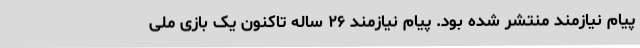
پیام نیازمند منتشر شده بود. پیام نیازمند ۲۶ ساله تاکنون یک بازی ملی